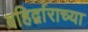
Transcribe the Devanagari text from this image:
बहिर्द्वाराच्या